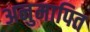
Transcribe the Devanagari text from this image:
अनुमापित